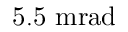
\mathrm { 5 . 5 ~ m r a d }